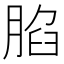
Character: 䐄